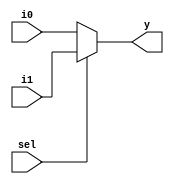
module two_one_mux(input i0, i1, sel, output y);
  assign y = (sel)? i1: i0;
endmodule